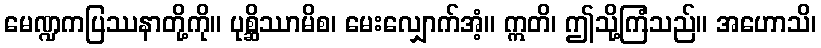
မေဏ္ဍကပြဿနာတို့ကို။ ပုစ္ဆိဿာမိစ၊ မေးလျှောက်အံ့။ ဣတိ၊ ဤသို့ကြံသည်။ အဟောသိ၊